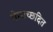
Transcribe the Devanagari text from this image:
मेघाच्छदित